Indian journal of veterinary science and animal husbandry - Volumes 26-27, 1956-1957
Year: 1956
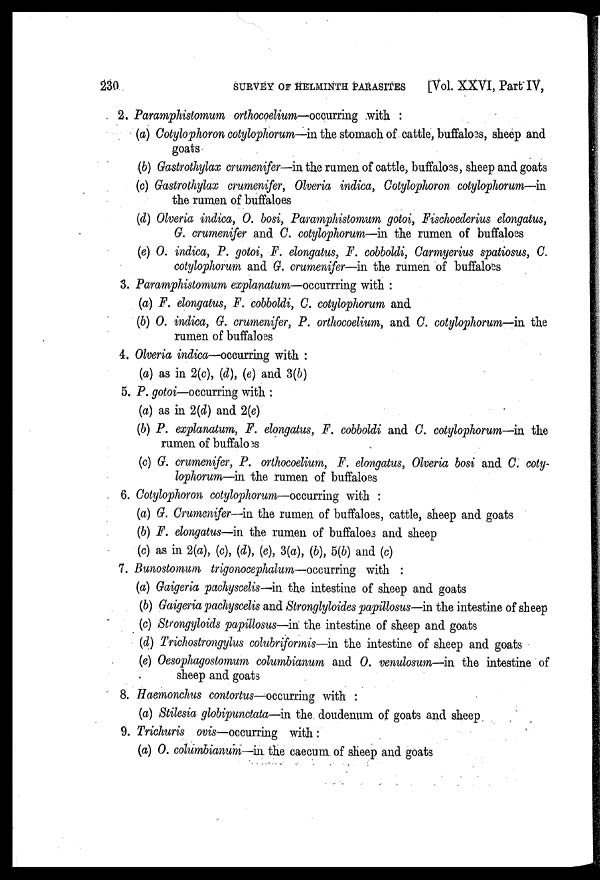
230
SURVEY OF HELMINTH PARASITES
[Vol. XXVI, Part IV,
2. Paramphistomum orthocoelium—occurring with :
(a) Cotylophoron cotylophorum—in the stomach of cattle, buffaloes, sheep and
goats
(b) Gastrothylax crumenifer—in the rumen of cattle, buffaloes, sheep and goats
(c) Gastrothylax crumenifer, Olveria indica, Cotylophoron cotylophorum—in
the rumen of buffaloes
(d) Olveria indica, O. bosi, Paramphistomum gotoi, Fischoederius elongatus,
G. crumenifer and C. cotylophorum—in the rumen of buffaloes
(e) O. indica, P. gotoi, F. elongatus, F. cobboldi, Carmyerius spatiosus, O.
cotylophorum and G. crumenifer—in the rumen of buffaloes
3. Paramphistomum explanatum—occurrring with :
(a) F. elongatus, F. cobboldi, C. cotylophorum and
(b) O. indica, G. crumenifer, P. orthocoelium, and C. cotylophorum—in the
rumen of buffaloes
4. Olveria indica—occurring with :
(a) as in 2(c), (d), (e) and 3(b)
5. P. gotoi—occurring with :
(a) as in 2(d) and 2(e)
(b) P. explanatum, F. elongatus, F. cobboldi and C. cotylophorum—in the
rumen of buffaloes
(c) G. crumenifer, P. orthocoelium, F. elongatus, Olveria bosi and C. coty-
lophorum—in the rumen of buffaloes
6. Cotylophoron cotylophorum—occurring with :
(a) G. Crumenifer—in the rumen of buffaloes, cattle, sheep and goats
(b) F. elongatus—in the rumen of buffaloes and sheep
(c) as in 2(a), (c), (d), (e), 3(a), (b), 5(b) and (c)
7. Bunostomum trigonocephalum—occurring with :
(a) Gaigeria pachyscelis—in the intestine of sheep and goats
(b) Gaigeria pachyscelis and Stronglyloides papillosus—in the intestine of sheep
(c) Strongyloids papillosus—in the intestine of sheep and goats
(d) Trichostrongylus colubriformis—in the intestine of sheep and goats
(e) Oesophagostomum columbianum and O. venulosum—in the intestine of
sheep and goats
8. Haemonchus contortus—occurring with :
(a) Stilesia globipunctata—in the doudenum of goats and sheep
9. Trichuris ovis—occurring with :
(a) O. columbianum—in the caecum, of sheep and goats